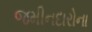
જમીનદારોના